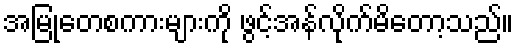
အမြုတေစကားများကို ဖွင့်အန်လိုက်မိတော့သည်။